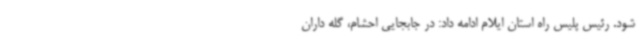
شود. رئیس پلیس راه استان ایلام ادامه داد: در جابجایی احشام، گله داران